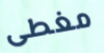
مغطى